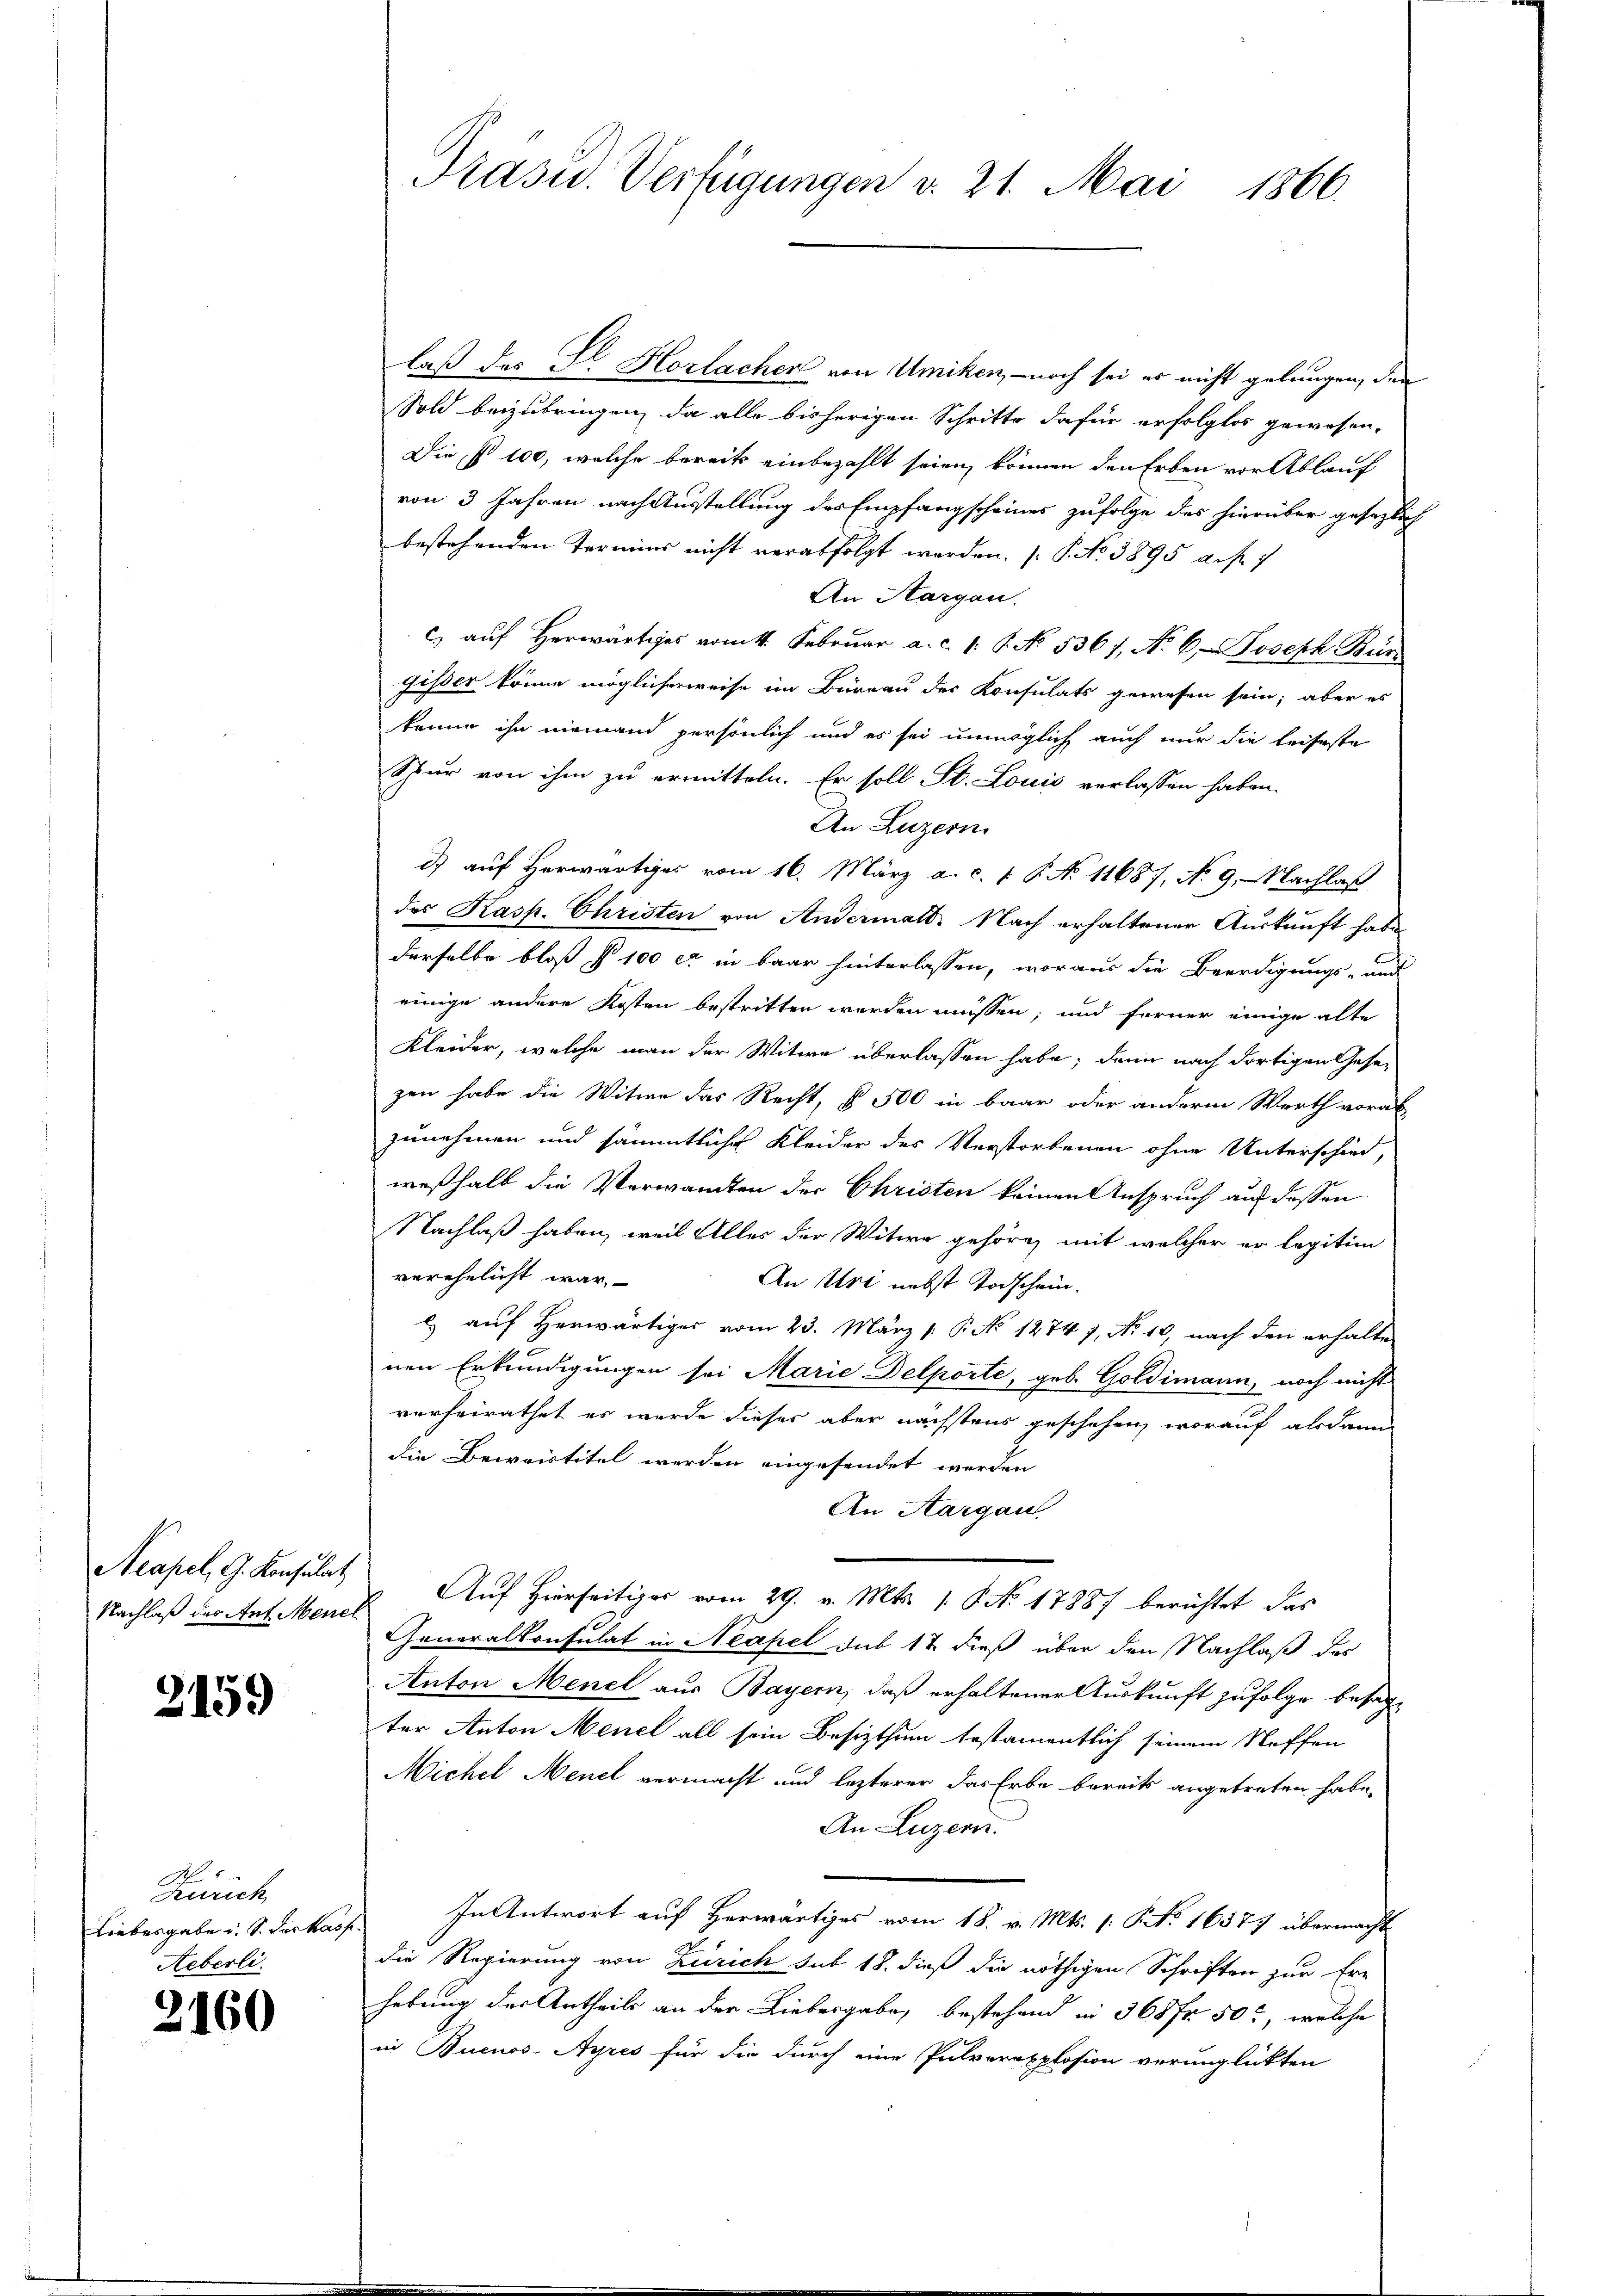
Neapel, G. Konsulat
Nachlaß des Ant. Mener

2159

No
Zürich
Liebesgabe u. S. Sarkas
Aeberli

2160

Präsid. Verfügungen v. 21. Mai 1866.

laß des Fr. Horlacher von Umiken, – noch sei er nicht gelungen, den
Sold beizubringen, da alle bisherigen Schritte dafür erfolglos gewesen.
Die § 100, welche bereits einbezahlt seien, können den Erben vor Ablauf
von 3 Jahren nach Ausstellung des Empfangscheines zufolge des hierüber gesezlich
bestehenden Termins nicht verabfolgt worden, s. P. No 3895 auf 7
An Aargau.
c) auf Herwärtiges vom 1. Februar a. c. 1. S. No. 5361, No. 6. Joseph Bür
gisser könne möglicherweise im Büreau der Konsulats gewesen sein; aber es
könne ihn niemand persönlich und es sei unmöglich auch nur die leifeste
Spur von ihm zu ermitteln. Er soll St. Louis verlassen haben.
An Luzern
d) auf Herwärtiges vom 16. März a. c. 1 P. No 11687, No 9. Nachlaß
des Kasp. Christen von Andermatt. Nach erhaltener Auskunft habe
derselbe bloß § 100 et in baar hinterlassen, woraus die Beerdigungs- und
einige andere Kosten bestritten werden müssen; und ferner einige alte
Kleider, welche man der Witwe überlassen habe; dann nach dortigen Gesezen habe die Witwe das Recht, § 500 in baar oder anderm Werth vorab
zunehmen und sämmtliche Kleider des Verstorbenen ohne Unterschied,
weßhalb die Verwandten der Christen keinen Anspruch auf dessen
Nachlaß haben, weil Aller der Witwe gehöre, mit welcher er legitim
verehelicht war.
An Uri nebst Todschein.
l. auf Herwärtiger vom 23. März [ P. No 1274 7, No 10, nach den erhalte
nen Erkundigungen sei Marie Delporte, geb. Goldimann, noch nicht
verheirathet es wurde dieses aber nächstens geschehen, worauf alsdann
die Beweistitel werden eingesendet werden
An Aargau.
Auf Hierseitiges vom 29. v. Mts. 1. No 17887 berichtet das
Generalkonsulat in Neapel sub 17 dieß über den Nachlaß des
Anton Menel aus Bayern, daß erhaltener Auskunft zufolge besagter Anton Menel all sein Besizthum bestamentlich seinem Neffen
Michel Menel vermacht und lezterer das Erbe bereits angetreten habe.
An Luzern.
In Antwort auf Herwärtiges vom 18. v. Mts. s. S. Nr. 16577 übermacht
die Regierung von Zürich sub 18. dieß die nöthigen Schriften zur Ern
hebung des Antheils an der Liebergabe, bestehend in 368 fr 50, welche
in Buenos-Ayres für die durch eine Pulverexplosion verunglückten